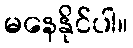
မနေနိုင်ပါ။